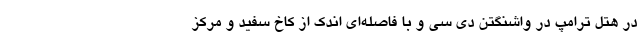
در هتل ترامپ در واشنگتن دی سی و با فاصله‌ای اندک از کاخ سفید و مرکز